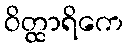
ဝိတ္ထာရိကေ